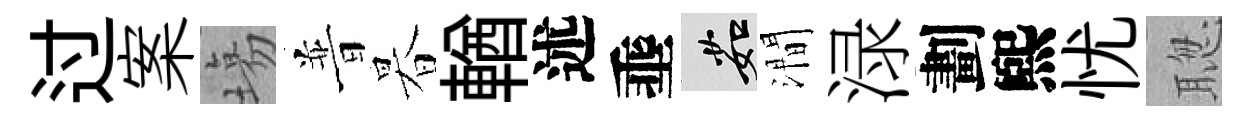
过案塲普暮輶述埀茹澗渌劃煕忧聦